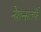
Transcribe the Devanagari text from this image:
नेशन्सतर्फे